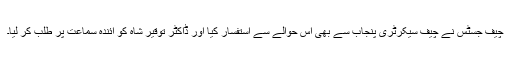
چیف جسٹس نے چیف سیکرٹری پنجاب سے بھی اس حوالے سے استفسار کیا اور ڈاکٹر توقیر شاہ کو آئندہ سماعت پر طلب کر لیا۔